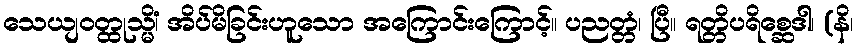
သေယျဝတ္ထုသ္မိံ၊ အိပ်မိခြင်းဟူသော အကြောင်းကြောင့်။ ပညတ္တံ၊ ပြီ။ ရတ္တိပရိစ္ဆေဒါ၊ (နိ၊